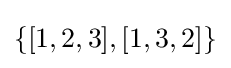
\{[1,2,3],[1,3,2]\}